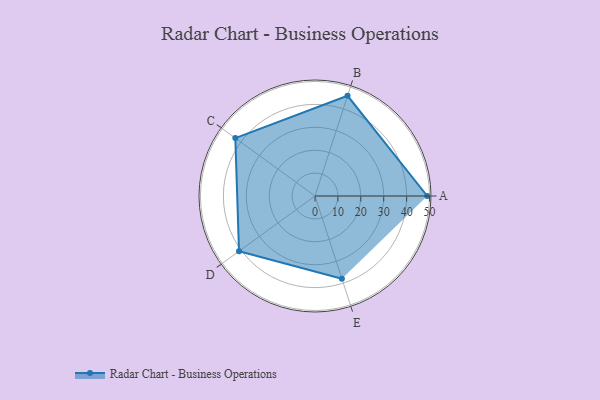
{"axis": {"x": "Skill", "y": "Score"}, "legend": ["Profile"], "data": [{"x": "A", "y": 49.0, "type": "Profile"}, {"x": "B", "y": 46.0, "type": "Profile"}, {"x": "C", "y": 43.0, "type": "Profile"}, {"x": "D", "y": 41.0, "type": "Profile"}, {"x": "E", "y": 38.0, "type": "Profile"}]}